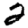
Digit: 2